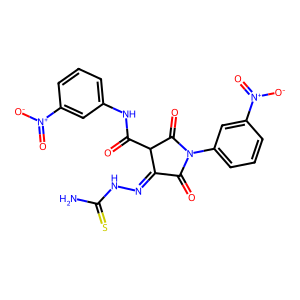
SMILES: NC(=S)NN=C1C(=O)N(c2cccc([N+](=O)[O-])c2)C(=O)C1C(=O)Nc1cccc([N+](=O)[O-])c1
Inhibits HIV replication: No